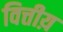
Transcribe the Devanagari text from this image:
वित्तीय़